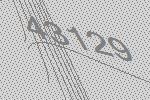
43129